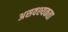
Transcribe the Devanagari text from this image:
असवश्यकता